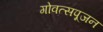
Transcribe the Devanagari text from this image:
गोवत्सपूजन